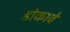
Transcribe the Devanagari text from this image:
डोकावे